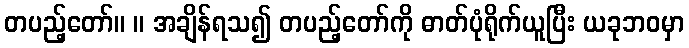
တပည့်တော်။ ။ အချိန်ရသ၍ တပည့်တော်ကို ဓာတ်ပုံရိုက်ယူပြီး ယခုဘဝမှာ